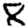
Digit: 8